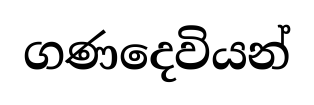
ගණදෙවියන්